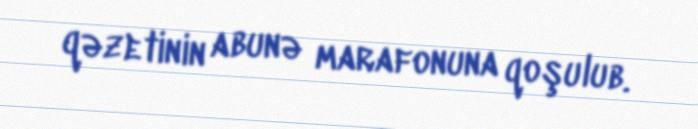
qəzetinin abunə marafonuna qoşulub.